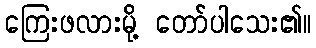
ကြေးဖလားမို့ တော်ပါသေး၏။